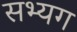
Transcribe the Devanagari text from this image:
सभ्यग